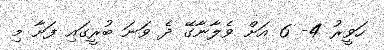
ހަވީރު 4- 6 އަށް ވެލާނާގޭ ދެ ވަނަ ބުރީގައި ފަށާ މި